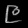
Digit: ၉